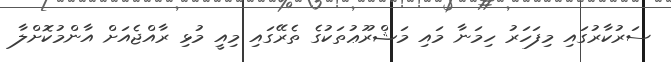
ސަރުކާރުގައި މިފަހަރު ހިމަނާ މައި މަޝްރޫޢުތަކުގެ ތެރޭގައި މިއީ މުޅި ރާއްޖެއަށް އާންމުކޮށްލާ